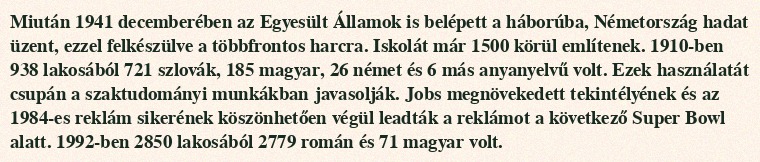
Miután 1941 decemberében az Egyesült Államok is belépett a háborúba, Németország hadat üzent, ezzel felkészülve a többfrontos harcra. Iskolát már 1500 körül említenek. 1910-ben 938 lakosából 721 szlovák, 185 magyar, 26 német és 6 más anyanyelvű volt. Ezek használatát csupán a szaktudományi munkákban javasolják. Jobs megnövekedett tekintélyének és az 1984-es reklám sikerének köszönhetően végül leadták a reklámot a következő Super Bowl alatt. 1992-ben 2850 lakosából 2779 román és 71 magyar volt.